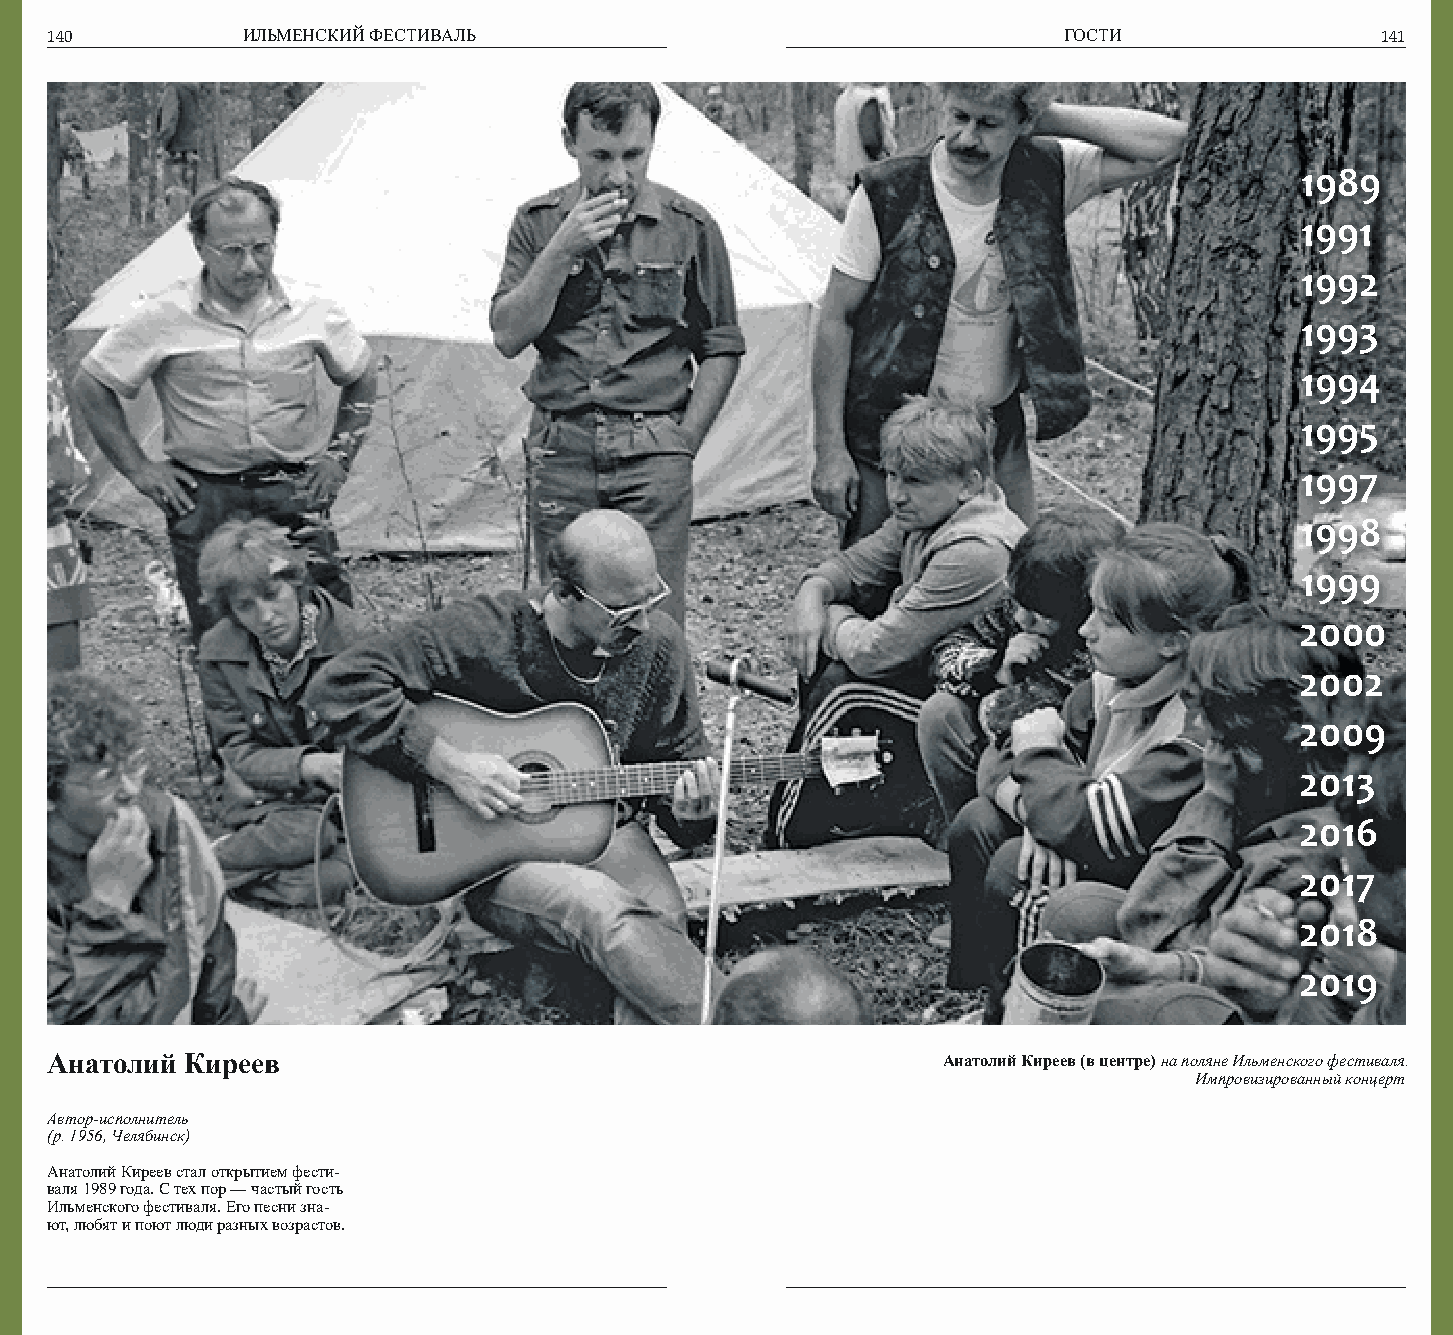
140          ИЛЬМЕНСКИЙ ФЕСТИВАЛЬ                                  ГОСТИ                141
 1989
 1991
 1992
 1993
 1994
 1995
 1997
 1998
 1999
 2000
 2002
 2009
 2013
 2016
 2017
 2018
 2019
 Анатолий Киреев                                            Анатолий Киреев (в центре) на поляне Ильменского фестиваля.
 Импровизированный концерт
 Автор-исполнитель
 (р. 1956, Челябинск)
 Анатолий Киреев стал открытием фести-
 валя 1989 года. С тех пор — частый гость
 Ильменского фестиваля. Его песни зна-
 ют, любят и поют люди разных возрастов.